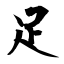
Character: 足